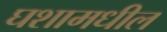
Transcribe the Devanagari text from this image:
घशामधील